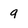
Character: 9